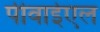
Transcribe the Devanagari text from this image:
पीवाईएल